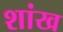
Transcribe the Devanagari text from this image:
शांख